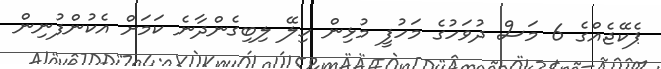
ޕެކޭޖެއްގެ 6 މަސް ދުވަހުގެ މަހުފީ މުޅިން ހިލޭ ލިބިގެންދާނެ ކަމަށް އެކުންފުނިން